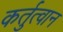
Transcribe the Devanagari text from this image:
कर्तुत्वान